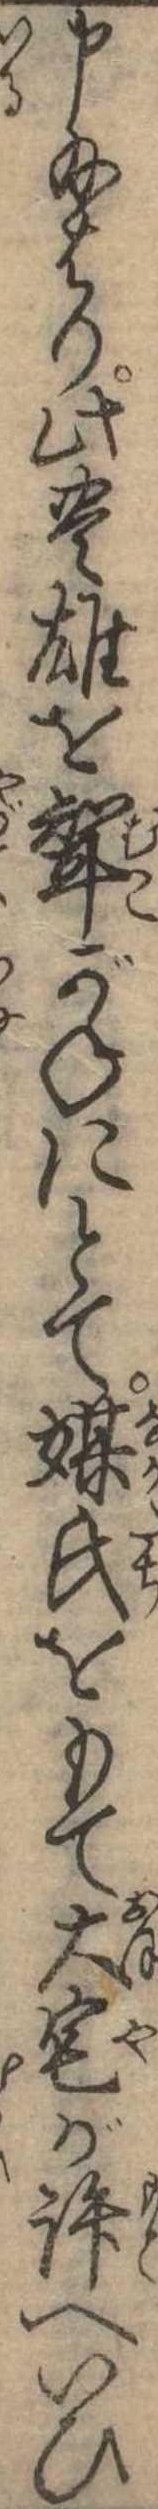
申給はり此豊雄を婿がねにとて媒氏をもて大宅が許へいひ